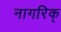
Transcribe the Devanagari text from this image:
नागरिक्